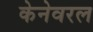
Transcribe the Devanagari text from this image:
केनेवरल